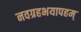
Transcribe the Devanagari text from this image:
नवग्रहभयापहम्